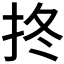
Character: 𢫝